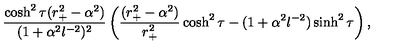
{ \frac { \cosh ^ { 2 } \tau ( r _ { + } ^ { 2 } - \alpha ^ { 2 } ) } { ( 1 + \alpha ^ { 2 } l ^ { - 2 } ) ^ { 2 } } } \left( { \frac { ( r _ { + } ^ { 2 } - \alpha ^ { 2 } ) } { r _ { + } ^ { 2 } } } \cosh ^ { 2 } \tau - ( 1 + \alpha ^ { 2 } l ^ { - 2 } ) \sinh ^ { 2 } \tau \right) ,